Sanitation, dispensaries and jails vaccination Rajputana 1922-1927 - 1922-1927
Year: 1922
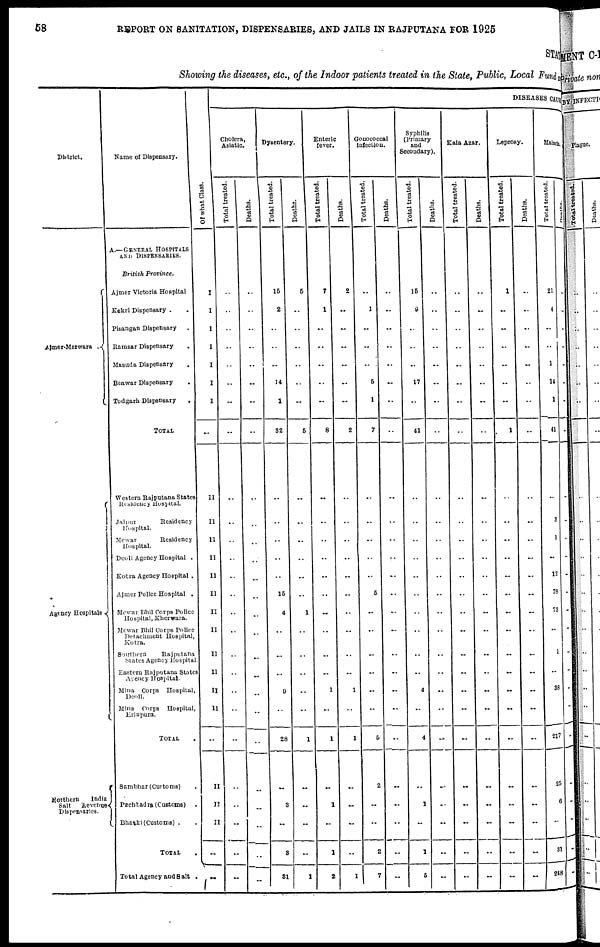
58
REPORT ON SANITATION, DISPENSARIES, AND JAILS IN RAJPUTANA FOR 1925
STATE
Showing the diseases, etc., of the Indoor patients treated in the State, Public, Local Fund,
District.
Ajmer-Merwara ..
Agency Hospitals
Northern India
Salt
Revenue
Dispensaries.
Name of Dispensary.
A.—GENERAL HOSPITALS
AND DISPENSARIES.
British Province.
Ajmer Victoria Hospital
Kekri Dispensary .
.
Pisangan Dispensary .
Ramsar Dispensary.
Masuda Dispensary
.
Beawar Dispensary
.
Todgarh Dispensary
.
TOTAL .
Western Rajputana States
Residency Hospital.
Jaipur
Residency
Hospital.
Mewar
Residency
Hospital.
Deoli Agency Hospital .
Kotra Agency Hospital .
Ajmer Police Hospital .
Mewar Bhil Corps Police
Hospital, Kherwara.
Mewar Bhil Corps Police
Detachment Hospital,
Kotra.
Southern
Rajputana
States Agency Hospital
Eastern Rajputana State
Avency Hospital.
Mina Corps Hospital,
Deoli.
Mina Corps Hospital,
Erinpura.
TOTAL .
Sambhar(Customs)
Pachbadra (Customs)
Bhatki (Customs) .
TOTAL .
Total Agency and Salt .
Of what Class.
I
I
I
I
I
I
I
..
II
II
II
II
II
II
II
II
II
II
II
II
..
II
II
II
..
..
DISEASES CAUSES
Cholera,
Asiatic.
Total treated.
..
..
..
..
..
..
..
..
..
..
..
..
..
..
..
..
..
..
..
..
..
...
..
..
..
..
Deaths.
..
..
..
..
..
..
..
..
..
..
..
..
..
..
..
..
..
..
..
..
..
..
..
..
..
Dysentery.
Total treated.
15
2
..
..
..
14
1
32
..
..
..
..
..
15
4
..
..
..
9
..
28
..
3
..
3
31
Deaths.
5
..
..
..
..
..
..
5
..
..
..
...
..
..
1
..
..
..
..
..
1
..
..
..
..
1
Enteric
fever.
Total treated.
7
1
..
..
..
..
..
8
..
..
..
..
..
..
..
..
..
..
1
..
1
..
1
..
1
2
Deaths.
2
..
..
..
..
..
..
2
..
..
..
..
..
..
..
..
..
..
1
..
1
..
..
..
..
1
Gonococcal
infection.
Total treated.
..
1
..
..
..
5
1
7
..
..
..
..
..
5
..
..
..
..
..
..
5
2
..
...
2
7
Deaths.
..
..
..
..
..
..
..
..
..
..
..
..
..
..
..
..
..
..
..
..
..
..
..
..
..
..
Syphilis
(Primary
and
Secondary).
Total treated.
15
9
..
..
..
17
..
41
..
..
..
..
..
..
..
..
..
..
4
..
4
..
1
..
1
5
Deaths.
..
..
..
..
..
..
..
..
..
..
..
..
..
..
..
..
..
..
..
..
..
..
..
..
..
Kala Azar.
Total treated.
..
..
..
..
..
..
..
..
..
..
..
..
..
..
..
..
..
..
..
..
..
..
..
..
..
..
Deaths.
..
..
..
..
..
..
..
..
..
..
..
..
..
..
..
..
..
..
..
..
..
..
..
..
..
..
Leprosy.
Total treated.
1
..
..
..
..
..
..
1
..
..
..
..
..
..
..
..
..
..
..
..
..
..
..
..
..
..
Deaths.
..
..
..
..
..
..
..
..
..
..
..
..
..
..
..
..
..
..
..
...
..
..
..
..
..
..
Malaria.
Total treated.
21
4
..
.. .
1
14
1
41
..
3
1
..
12
78
73
..
1
..
36
..
217
25
6
..
31
248
Deaths.
..
..
..
..
..
..
..
..
..
..
..
..
..
..
..
..
..
..
..
..
..
..
..
..
..
..